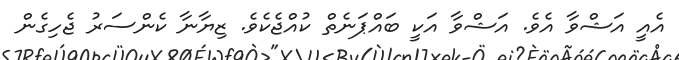
އެއީ އަޝްވާ އެވެ. އަޝްވާ އަކީ ބައްޕަނެތް ކުއްޖެކެވެ. ޒިޔާނާ ކެންސަރު ޖެހިގެން